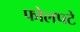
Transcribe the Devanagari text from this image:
फोलपटे